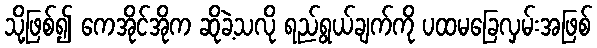
သို့ဖြစ်၍ ကေအိုင်အိုက ဆိုခဲ့သလို ရည်ရွယ်ချက်ကို ပထမခြေလှမ်းအဖြစ်